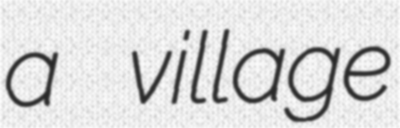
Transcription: a village